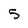
Character: 5